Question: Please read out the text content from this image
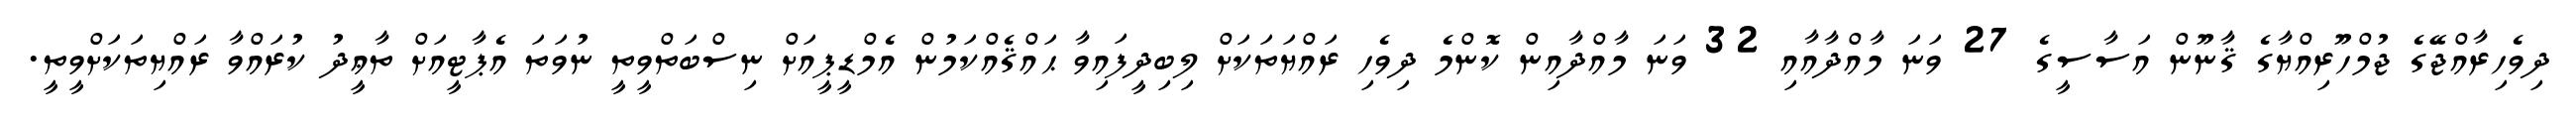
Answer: ދިވެހިރާއްޖޭގެ ޖުމްހޫރިއްޔާގެ ޤާނޫން އަސާސީގެ 27 ވަނަ މާއްދާއާއި 32 ވަނަ މާއްދާއިން ކޮންމެ ދިވެހި ރައްޔަތަކަށް ލިބިދީފައިވާ ޙައްޤެއްކަމުން އެމްޑީޕީއަށް ނިސްބަތްވީތީ ނުވަތަ އެޕާޓީއަށް ތާޢީދު ކުރައްވާ ރައްޔިތަކަށްވީތީ.